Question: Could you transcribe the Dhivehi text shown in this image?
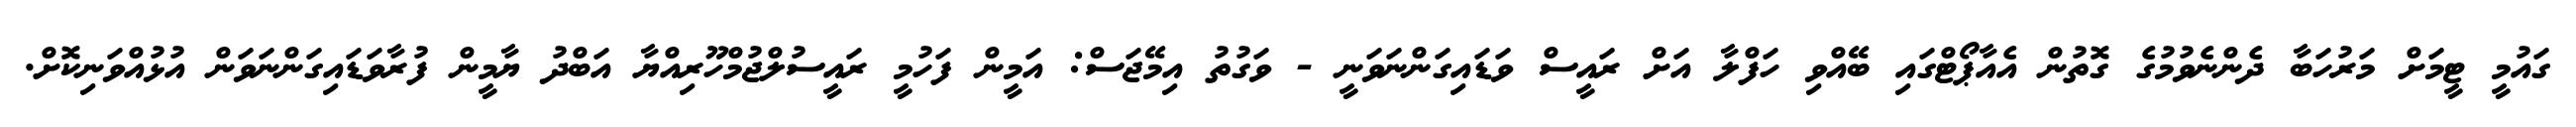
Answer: ގައުމީ ޓީމަށް މަރުހަބާ ދެންނެވުމުގެ ގޮތުން އެއާޕޯޓްގައި ބޭއްވި ހަފްލާ އަށް ރައީސް ވަޑައިގަންނަވަނީ - ވަގުތު އިމޭޖަސް: އަމީން ފަހުމީ ރައީސުލްޖުމްހޫރިއްޔާ އަބްދު ޔާމީން ފުރާވަޑައިގަންނަވަން އުޅުއްވަނިކޮށް.